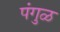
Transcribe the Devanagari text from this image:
पंगुळ